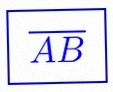
\overline{AB}